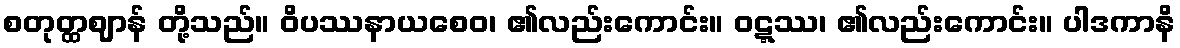
စတုတ္ထဈာန် တို့သည်။ ဝိပဿနာယစေဝ၊ ၏လည်းကောင်း။ ဝဋ္ဋဿ၊ ၏လည်းကောင်း။ ပါဒကာနိ